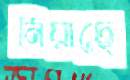
নিয়াছে